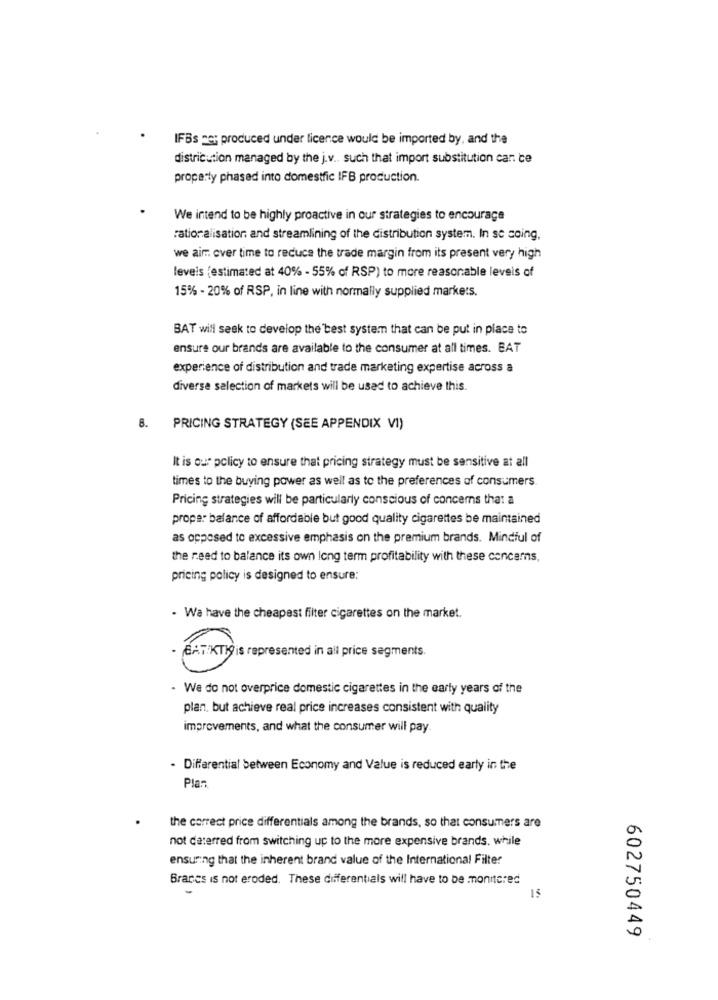
IFBs nei produced under licence would be imported by, and the
distribution managed by the j.v .. such that import substitution car ce
properly phased into domestfic IFB production.
We intend to be highly proactive in our strategies to encourage
ration alisation, and streamlining of the distribution system. In sc coing,
we aim over time to reduce the trade margin from its present very high
levels (estimated at 40% - 55% of RSP) to more reasonable levels of
15% - 20% of RSP, in line with normally supplied markets.
BAT will seek to develop the best system that can be put in place to
ensure our brands are available to the consumer at all times. BAT
experience of distribution and trade marketing expertise across a
diverse selection of markets will be used to achieve this.
8.
PRICING STRATEGY (SEE APPENDIX VI)
It is our policy to ensure that pricing strategy must be sensitive at all
times to the buying power as well as to the preferences of consumers
Pricing strategies will be particularly conscious of concerns that a
prope: balance of affordable but good quality cigarettes be maintained
as opposed to excessive emphasis on the premium brands. Mindful of
the reed to balance its own long term profitability with these concerns,
pricing policy is designed to ensure:
- Wa have the cheapest filter cigarettes on the market.
BATIKTIS is represented in all price segments.
We do not overprice domestic cigarettes in the early years of the
plan. but achieve real price increases consistent with quality
improvements, and what the consumer will pay.
- Differential between Economy and Value is reduced early in the
Plaz
the correct price differentials among the brands, so that consumers are
not daterred from switching up to the more expensive brands. while
ensuring that the inherent brand value of the International Filter
Braces is not eroded. These differentials will have to be monitored
15
602750449